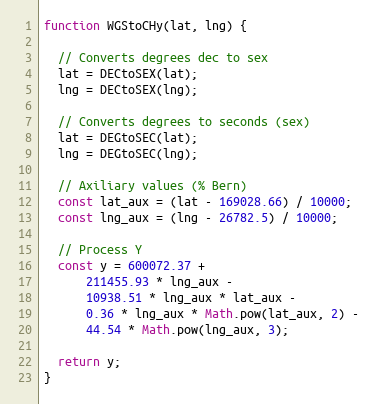
Language: JavaScript
function WGStoCHy(lat, lng) {

  // Converts degrees dec to sex
  lat = DECtoSEX(lat);
  lng = DECtoSEX(lng);

  // Converts degrees to seconds (sex)
  lat = DEGtoSEC(lat);
  lng = DEGtoSEC(lng);

  // Axiliary values (% Bern)
  const lat_aux = (lat - 169028.66) / 10000;
  const lng_aux = (lng - 26782.5) / 10000;

  // Process Y
  const y = 600072.37 +
      211455.93 * lng_aux -
      10938.51 * lng_aux * lat_aux -
      0.36 * lng_aux * Math.pow(lat_aux, 2) -
      44.54 * Math.pow(lng_aux, 3);

  return y;
}